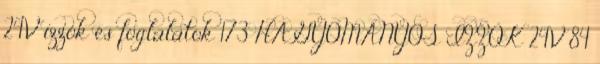
24V izzók és foglalatok 173 HAGYOMÁNYOS IZZÓK 24V 84